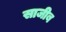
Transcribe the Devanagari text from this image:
साजीब